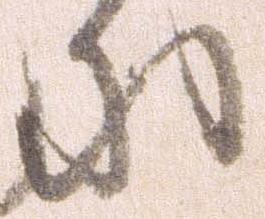
に